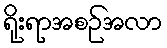
ရိုးရာအစဉ်အလာ